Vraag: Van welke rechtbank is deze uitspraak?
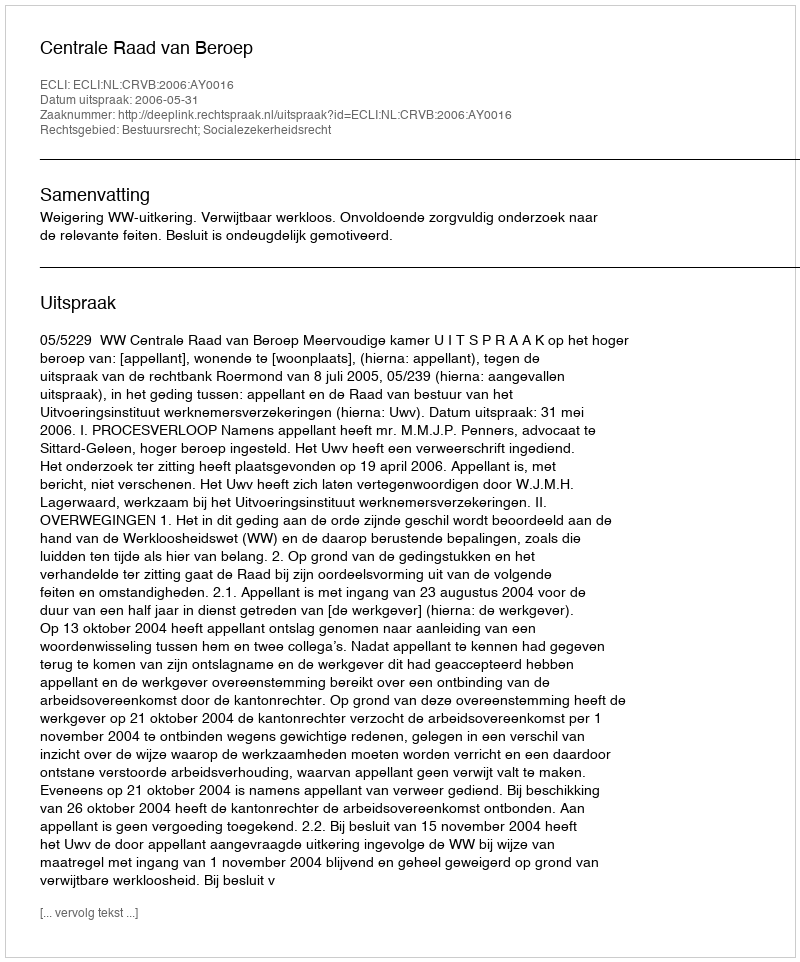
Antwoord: Centrale Raad van Beroep